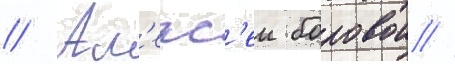
// Ал'екс'еи боровои //